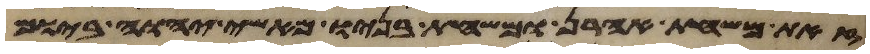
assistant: זאת משחת אהרן ומשחת בניו מאשי יהוה ביום